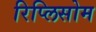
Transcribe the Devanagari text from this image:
रिप्लिसोम